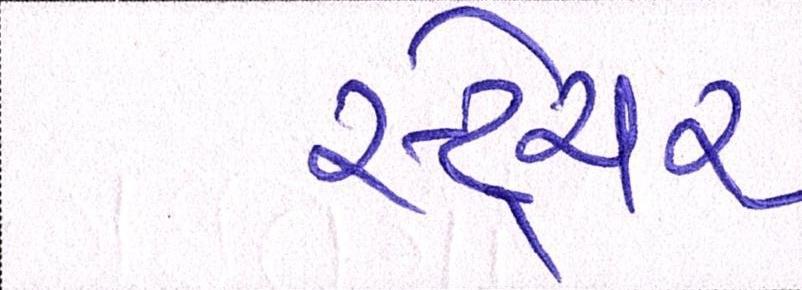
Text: સ્ટ્રેચર